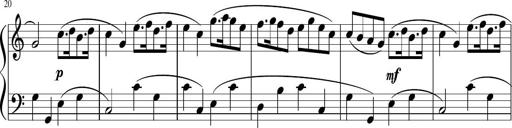
Title: 12 Keyboard Sonatinas
Composer: James Hook